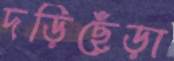
দড়িছেঁড়া